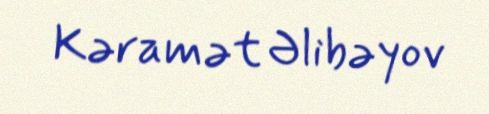
Kəramət Əlibəyov